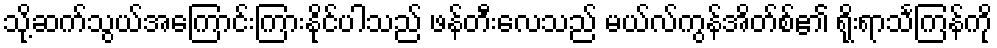
သို့ဆက်သွယ်အကြောင်းကြားနိုင်ပါသည် ဖန်တီးလေသည် မယ်လ်ကွန်အိတ်စ်၏ ရိုးရာသင်္ကြန်ကို